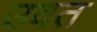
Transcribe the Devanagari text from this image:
उवत